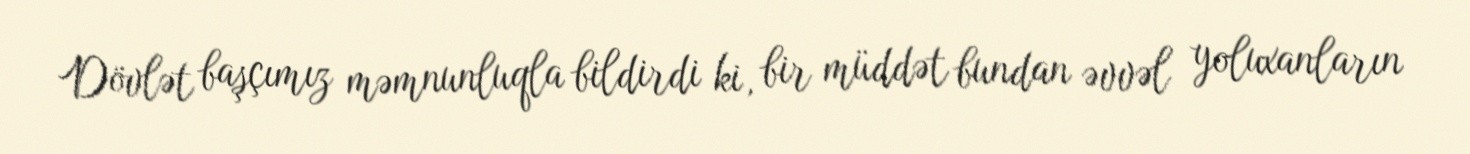
Dövlət başçımız məmnunluqla bildirdi ki, bir müddət bundan əvvəl yoluxanların